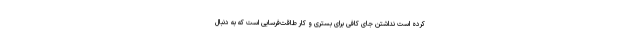
کرده است نداشتن جای کافی برای بستری و کار طاقت‌فرسایی است که به دنبال